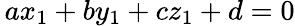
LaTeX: \, ax_{1}+by_{1}+cz_{1}+d=0